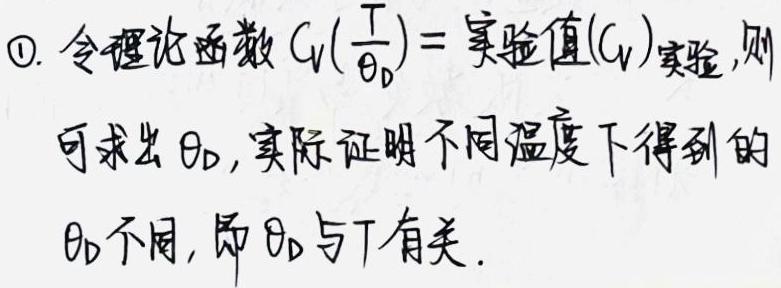
$\textcircled{1}$. 令理论函数$C_V(\frac{T}{\theta_D}) = 实验值(C_V)_{实验}$, 则可求出$\theta_D$, 实际证明不同温度下得到的$\theta_D$不同, 即$\theta_D$与$T$有关.